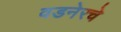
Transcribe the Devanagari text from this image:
वडनेरचे